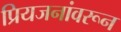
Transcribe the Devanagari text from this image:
प्रियजनांवरून